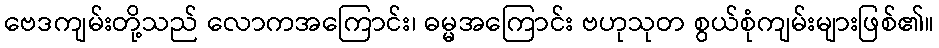
ဗေဒကျမ်းတို့သည် လောကအကြောင်း၊ ဓမ္မအကြောင်း ဗဟုသုတ စွယ်စုံကျမ်းများဖြစ်၏။